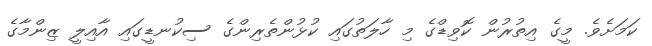
ކަމަށެވެ. މީގެ އިތުރުން ކޮވިޑްގެ މި ހާލަތުގައި ކުޅުންތެރިންގެ ސިކުނޑީގައި އާއިލީ ޒިންމާގެ